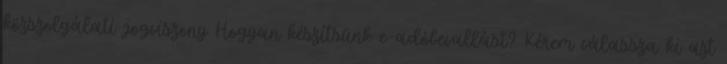
közszolgálati jogviszony Hogyan készítsünk e-adóbevallást? Kérem válassza ki azt